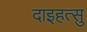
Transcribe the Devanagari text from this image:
दाइहत्सु